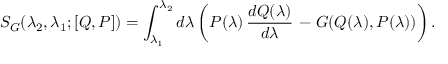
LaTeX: S _ { G } ( \lambda _ { 2 } , \lambda _ { 1 } ; [ Q , P ] ) = \int _ { \lambda _ { 1 } } ^ { \lambda _ { 2 } } d \lambda \left( P ( \lambda ) \, { \frac { d Q ( \lambda ) } { d \lambda } } \, - G ( Q ( \lambda ) , P ( \lambda ) ) \right) .